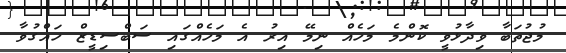
މުޖުތަބާ ވިދާޅުވީ ކޮންމެ މަހެއް ނިމޭ އިރު އެ މަހެއްގައި ސަބްސިޑީޒް ހައްގުވާ